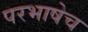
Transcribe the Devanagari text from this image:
परभाषेच